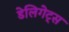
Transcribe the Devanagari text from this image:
डेलिगेट्स